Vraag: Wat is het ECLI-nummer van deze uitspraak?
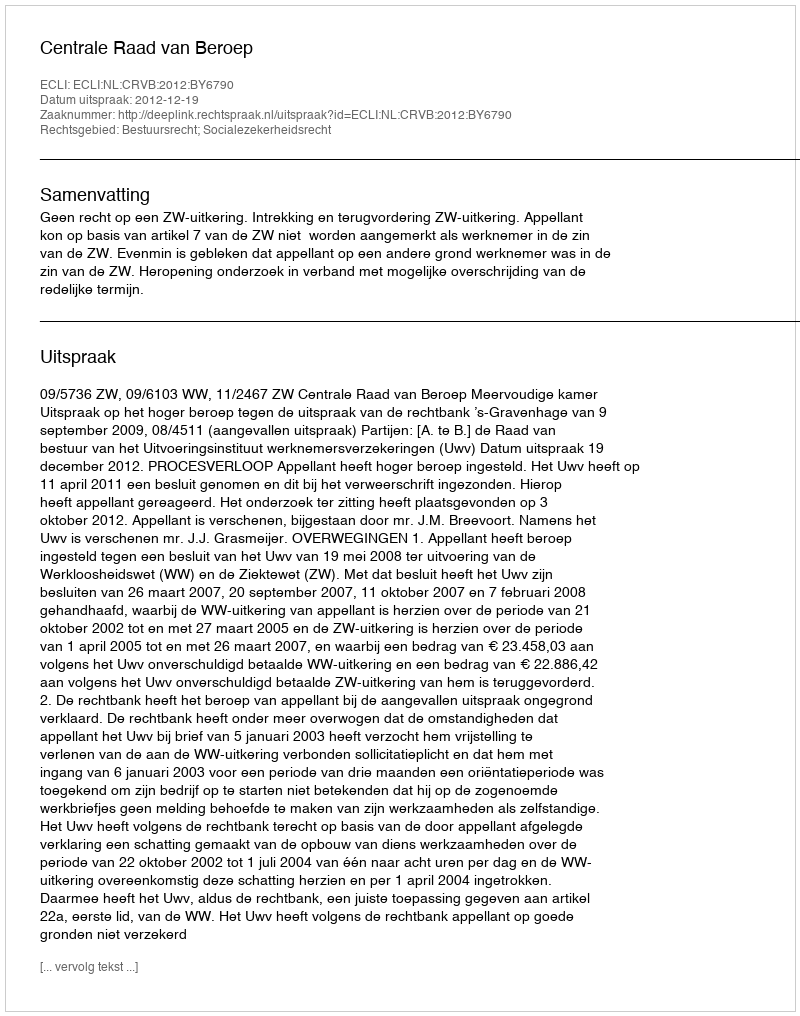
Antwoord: ECLI:NL:CRVB:2012:BY6790